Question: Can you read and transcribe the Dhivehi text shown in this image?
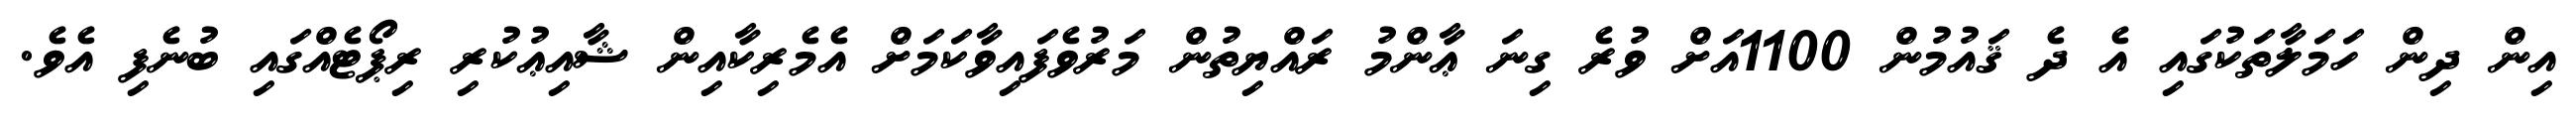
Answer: އިން ދިން ހަމަލާތަކުގައި އެ ދެ ޤައުމުން 1100އަށް ވުރެ ގިނަ ޢާންމު ރައްޔިތުން މަރުވެފައިވާކަމަށް އެމެރިކާއިން ޝާއިޢުކުރި ރިޕޯޓެއްގައި ބުނެފި އެވެ.